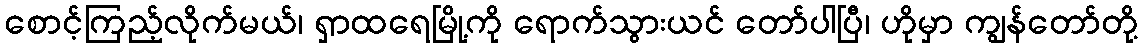
စောင့်ကြည့်လိုက်မယ်၊ ရှာထရေမြို့ကို ရောက်သွားယင် တော်ပါပြီ၊ ဟိုမှာ ကျွန်တော်တို့